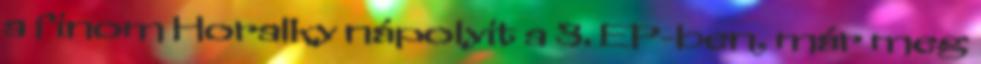
a finom Horalky nápolyit a 3. EP-ben, már meg